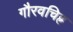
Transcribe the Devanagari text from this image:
गौरवचिह्र